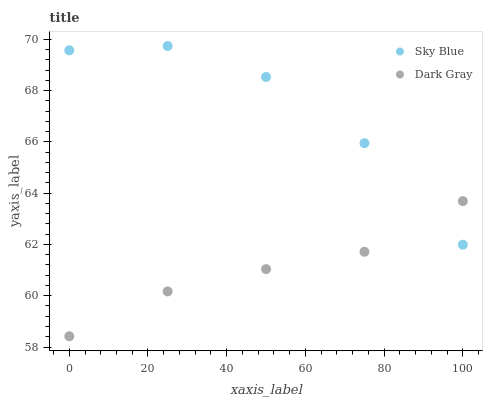
| xaxis_label | Sky Blue | Dark Gray |
 | --- | --- | --- |
 | 0 | 69.6 | 58.4 |
 | 25 | 69.7 | 60.2 |
 | 50 | 68.5 | 61 |
 | 75 | 65.9 | 61.7 |
 | 100 | 62 | 63.7 |